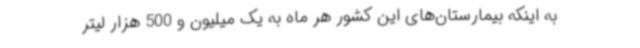
به اینکه بیمارستان‌های این کشور هر ماه به یک میلیون و 500 هزار لیتر